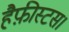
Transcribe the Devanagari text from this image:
हैफ़ीस्टस।